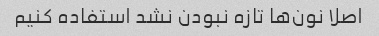
اصلا نون‌ها تازه نبودن نشد استفاده کنیم